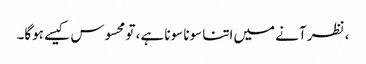
، نظر آنے میں‌اتنا سونا سونا ہے، تو محسوس کیسے ہوگا۔